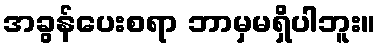
အခွန်ပေးစရာ ဘာမှမရှိပါဘူး။